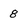
Character: 8